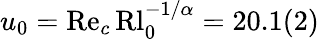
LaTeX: u_{0}=\mathrm{Re}_{c}\, \mathrm{Rl}_{0}^{-1/\alpha}=20.1(2)